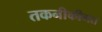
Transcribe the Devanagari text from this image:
तकनीकीगत